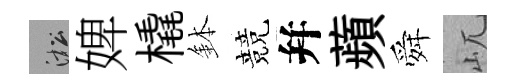
淞婢橇鉢競幷蘋舜屼